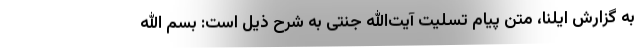
به گزارش ایلنا، متن پیام تسلیت آیت‌الله جنتی به شرح ذیل است: بسم الله